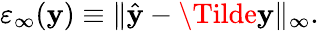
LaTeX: \varepsilon_{\infty}(\mathbf{y})\equiv\| \hat{{\mathbf{{\mathbf{y}}}}}-\Tilde{\mathbf{{\mathbf{y}}}}\| _{\infty}.